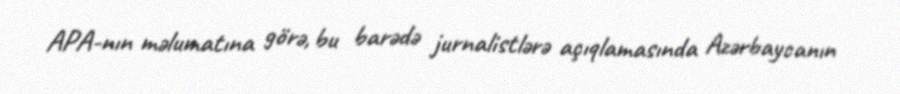
APA-nın məlumatına görə, bu barədə jurnalistlərə açıqlamasında Azərbaycanın